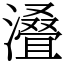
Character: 𣿫